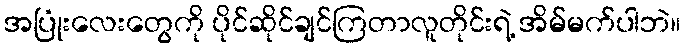
အပြုံးလေးတွေကို ပိုင်ဆိုင်ချင်ကြတာလူတိုင်းရဲ့ အိမ်မက်ပါဘဲ။